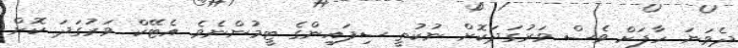
ދެވަނަ ހާފަށް ވެސް ވަރުގަދަކޮށް ނުކުތީ ސިފައިންގެ ޓީމުންނެވެ. އެޓޭކް ވަރުގަދަ ކޮށް